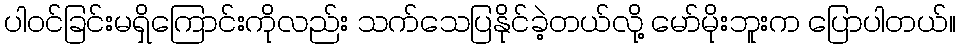
ပါဝင်ခြင်းမရှိကြောင်းကိုလည်း သက်သေပြနိုင်ခဲ့တယ်လို့ မော်မိုးဘူးက ပြောပါတယ်။